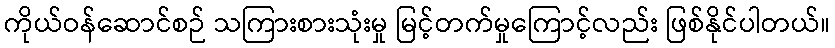
ကိုယ်ဝန်ဆောင်စဉ် သကြားစားသုံးမှု မြင့်တက်မှုကြောင့်လည်း ဖြစ်နိုင်ပါတယ်။